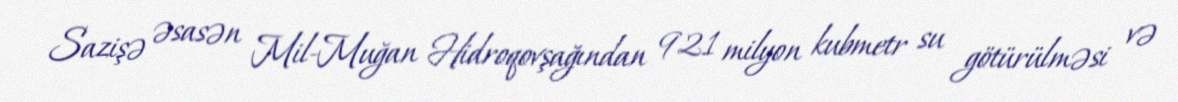
Sazişə əsasən Mil-Muğan Hidroqovşağından 921 milyon kubmetr su götürülməsi və